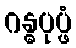
ဂန္ဓပုပ္ဖံ